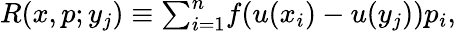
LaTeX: \begin{array}{r}{R(x,p;y_{j})\equiv{\sum}_{i=1}^{n}f(u(x_{i})-u(y_{j}))p_{i},}\end{array}